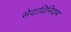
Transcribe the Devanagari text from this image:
सेवाविनियम